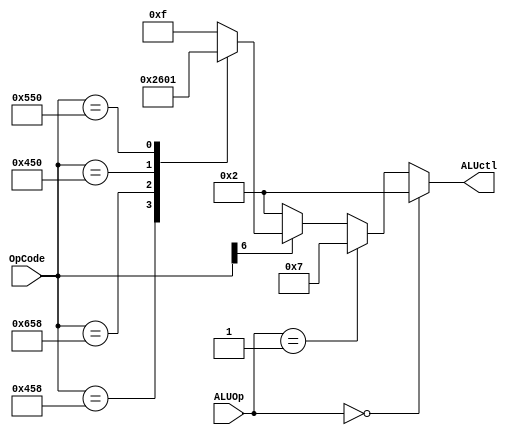
module ALUControl (ALUOp, OpCode, ALUctl); //takes ALUOp and OpCode as input and outputs ALUctl for ALU
	input [1:0] ALUOp;
	input [10:0] OpCode;
	output reg [3:0] ALUctl;
	
	//not complete, missing NOR and SLT, but I don't think we need it for the operations we're implementing
	always @(ALUOp, OpCode) 
	begin
		if(ALUOp == 0)
		begin
			ALUctl <= 2;
		end
		
		else if (ALUOp == 1)
		begin
			ALUctl <= 7;
		end
		
		else
		begin
			if(OpCode[6] == 1) begin
				case (OpCode)
					1112:	ALUctl <= 2;	//ADD
					1624:	ALUctl <= 6;	//SUB
					1104:	ALUctl <= 0; 	//AND
					1360:	ALUctl <= 1;	//ORR
					default: ALUctl <=15;   //should never happen
				endcase
			end
			
			else begin //if OpCode[6] == 0 then it's ADDI
				ALUctl <= 2;
			end
		end
	end
endmodule